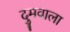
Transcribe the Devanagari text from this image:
दुमवाला